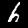
Label: 6